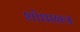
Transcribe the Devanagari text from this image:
शोधछात्र